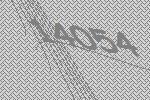
14054